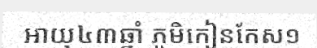
អាយុ៤៣ឆ្នាំ ភូមិកៀនកែស១